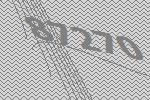
87270